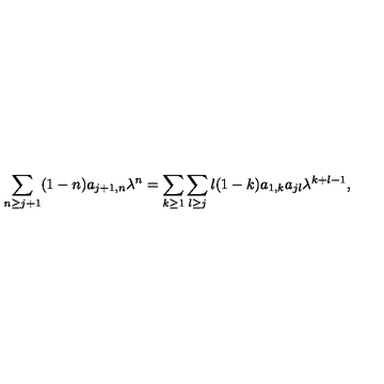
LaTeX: \sum _ { n \geq j + 1 } ( 1 - n ) a _ { j + 1 , n } \lambda ^ { n } = \sum _ { k \geq 1 } \sum _ { l \geq j } l ( 1 - k ) a _ { 1 , k } a _ { j l } \lambda ^ { k + l - 1 } ,